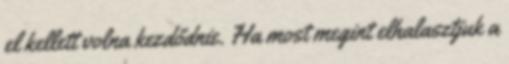
el kellett volna kezdődnie. Ha most megint elhalasztjuk a